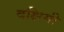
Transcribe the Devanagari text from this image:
दक्षिमी